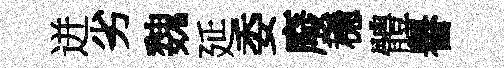
迸劣魏延委廢穩體譽